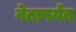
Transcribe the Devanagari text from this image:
बेतापर्यंत